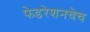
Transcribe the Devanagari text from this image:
फेडरेशनचेच